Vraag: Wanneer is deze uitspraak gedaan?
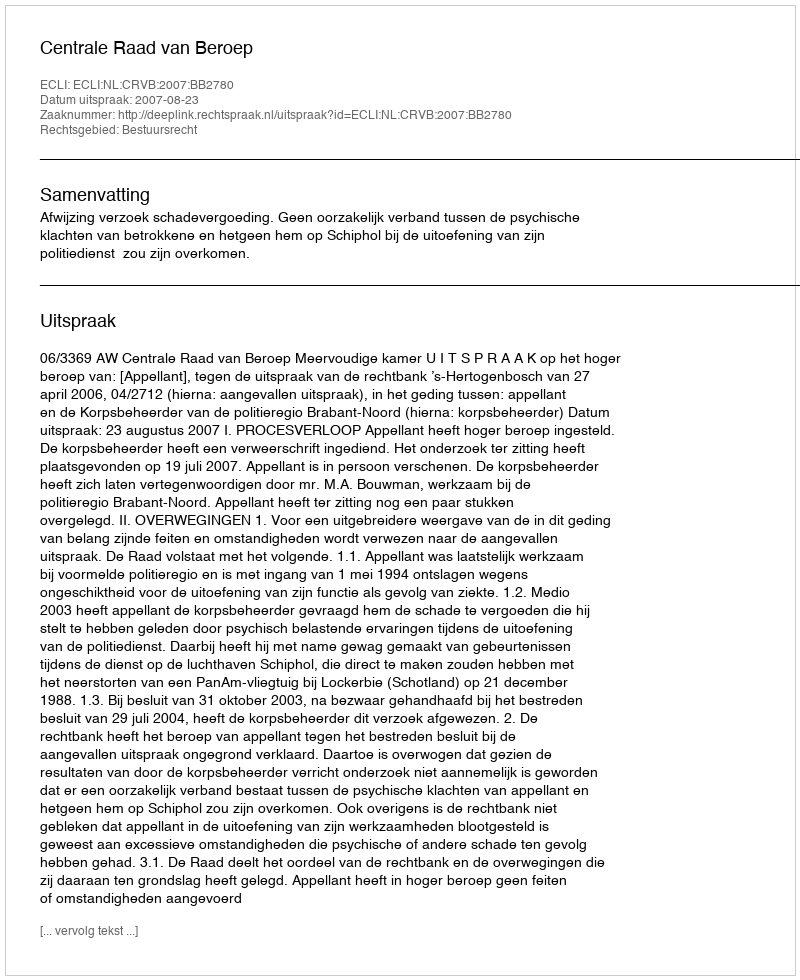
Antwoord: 2007-08-23